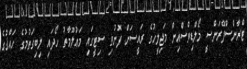
ޓްރާންސްޕޭރަންސީ މޯލްޑިވްސްއިން މަޖިލީހުގެ ރައީސަށް ފޮނުވި ސިޓީގައި މަޢުލޫމާތު ހޯދައި ލިބިގަތުމުގެ ހައްޤުގެ